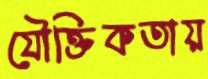
যৌক্তিকতায়